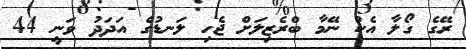
ރޭގެ ގޯލާ އެކު ނޭމާ ބްރެޒިލަށް ޖެހި ލަނޑުގެ އަދަދު ވަނީ 44